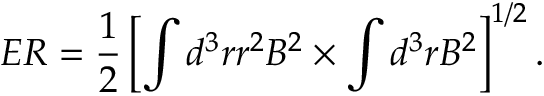
E R = \frac { 1 } { 2 } \left[ \int d ^ { 3 } r r ^ { 2 } { \cal B } ^ { 2 } \times \int d ^ { 3 } r { \cal B } ^ { 2 } \right] ^ { 1 / 2 } .